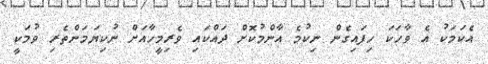
އެކަމަކު އެ ވާހަކަ ހިފައިގެން ނިކުމެ އާންމުކޮށް ދައްކައި ވެރިމީހާއަށް ނުކިޔަމަންތެރި ވުމަކީ